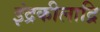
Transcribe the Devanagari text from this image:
इंद्रकीलाद्रि